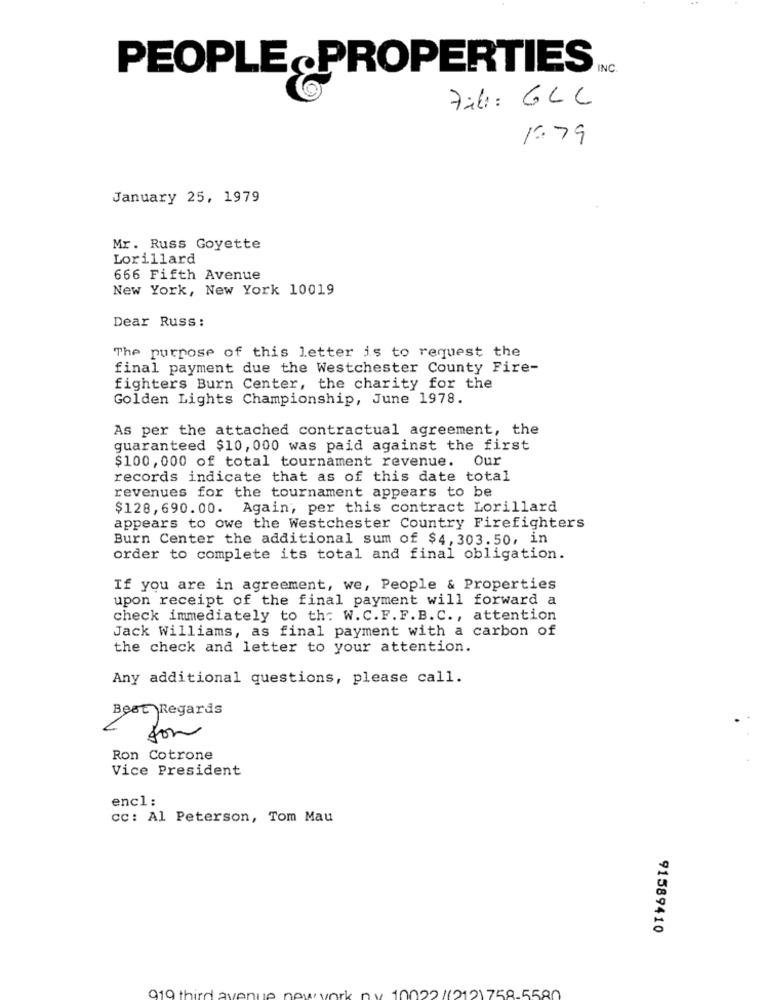
PEOPLEPROPERTIES
INC
File : GLC
13.79
January 25, 1979
Mr. Russ Goyette
Lorillard
666 Fifth Avenue
New York, New York 10019
Dear Russ:
The purpose of this letter is to request the
final payment due the Westchester County Fire-
fighters Burn Center, the charity for the
Golden Lights Championship, June 1978.
As per the attached contractual agreement, the
guaranteed $10, 000 was paid against the first
$100, 000 of total tournament revenue. Our
records indicate that as of this date total
revenues for the tournament appears to be
$128,690.00. Again, per this contract Lorillard
appears to owe the Westchester Country Firefighters
Burn Center the additional sum of $4, 303.50, in
order to complete its total and final obligation.
If you are in agreement, we, People & Properties
upon receipt of the final payment will forward a
check immediately to th: W. C.F. F. B.C ., attention
Jack Williams, as final payment with a carbon of
the check and letter to your attention.
Any additional questions, please call.
Best Regards
for
Ron Cotrone
Vice President
encl :
cc: Al Peterson, Tom Mau
91589410
919 third:
10022 /(212)758-5580